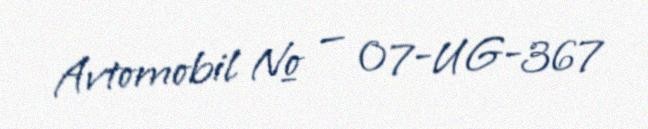
Avtomobil № — 07-UG-367